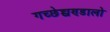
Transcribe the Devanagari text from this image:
गच्छेच्चण्डालो